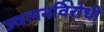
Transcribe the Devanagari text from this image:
ज्वलनविरोधी